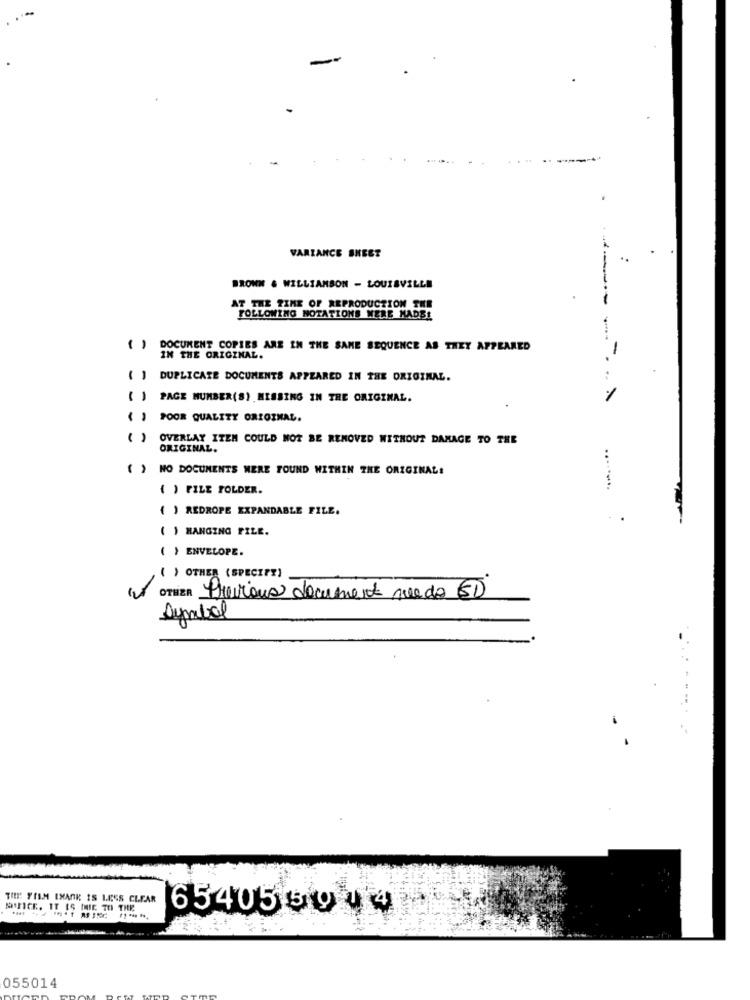
VARIANCE SHEET
..
BROWN & WILLIAMSON - LOUISVILLE
AT THE TIME OF REPRODUCTION THE
FOLLOWING NOTATIONS WERE MADE!
DOCUMENT COPIES ARE IN THE SAME SEQUENCE AS THEY APPEARED
IN THE ORIGINAL.
( ] DUPLICATE DOCUMENTS APPEARED IN THE ORIGINAL.
PAGE NUMBER(S) MISSING IN THE ORIGINAL.
POOR QUALITY ORIGINAL.
OVERLAY ITEM COULD NOT BE REMOVED WITHOUT DAMAGE TO THE
ORIGINAL.
( ) NO DOCUMENTS WERE FOUND WITHIN THE ORIGINAL!
( ) FILE FOLDER.
........
( ) REDROPE EXPANDABLE FILE.
( ) HANGING FILE.
( ) ENVELOPE.
( ) OTHER (SPECIFY)
OTHER Previous document ruedo ED
Symbol
THE FILM IXAOK IS LESS CLEAR
MFCE, IT IS ME TO THE
65405 59 4 4
055014